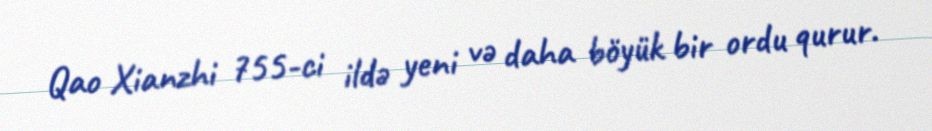
Qao Xianzhi 755-ci ildə yeni və daha böyük bir ordu qurur.